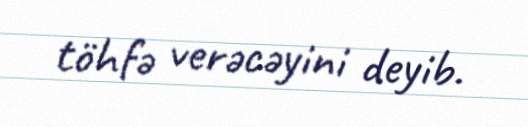
töhfə verəcəyini deyib.